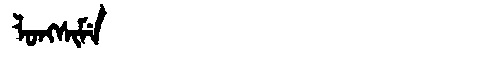
Manchu: ᠯᠣᠩᠰᡳᠮᡝ
Romanization: LONGSIME